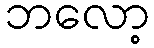
ဘလော့